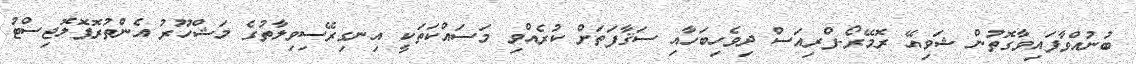
ބުނުއްވާފައިވާގޮތުން ޝަވިއޭ ރޮމޭރޯ-ފްރިއަސް ދިވެހިބަހާއި ސަޤާފަތަށް ކުރެއްވި މަސައްކަތަކީ އިނގިރޭސިވިލާތުގެ މަޝްހޫރު އެންތުރޮޕޮލޮޖިސްޓު